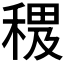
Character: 𥠰